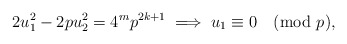
\begin{align*} 2u_{1}^{2} - 2pu_{2}^{2} = 4^{m}p^{2k+1} \implies u_{1} \equiv 0 \pmod p,\end{align*}